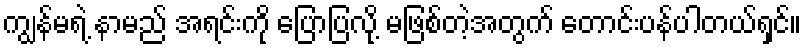
ကျွန်မရဲ့ နာမည် အရင်းကို ပြောပြလို့ မဖြစ်တဲ့အတွက် တောင်းပန်ပါတယ်ရှင်။